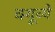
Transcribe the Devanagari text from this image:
क्यूव्ये